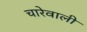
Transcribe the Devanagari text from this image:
चारेवाली